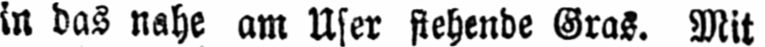
in das nahe am Ufer stehende Gras. Mit